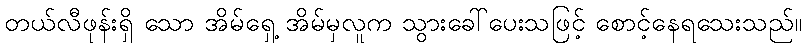
တယ်လီဖုန်းရှိ သော အိမ်ရှေ့ အိမ်မှလူက သွားခေါ်ပေးသဖြင့် စောင့်နေရသေးသည်။